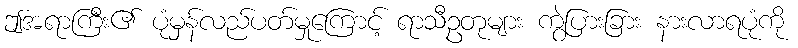
ဤအရာကြီး၏ ပုံမှန်လည်ပတ်မှုကြောင့် ရာသီဥတုများ ကွဲပြားခြား နားလာရပုံကို